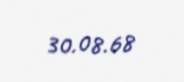
30.08.68